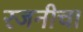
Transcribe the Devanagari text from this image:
रजनीचा